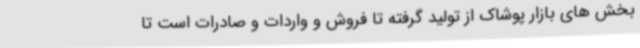
بخش های بازار پوشاک از تولید گرفته تا فروش و واردات و صادرات است تا